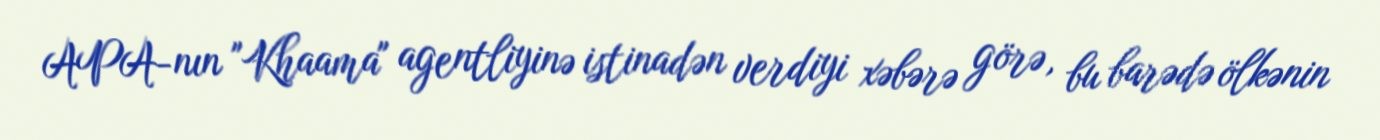
APA-nın "Khaama" agentliyinə istinadən verdiyi xəbərə görə, bu barədə ölkənin